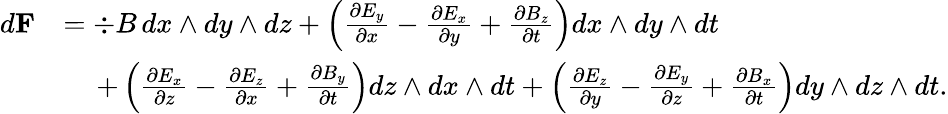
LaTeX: \begin{array}{rl}{d{\mathbf F}}&{=\div B\, dx\wedge dy\wedge dz+\left(\frac{\partial E_{y}}{\partial x}-\frac{\partial E_{x}}{\partial y}+\frac{\partial B_{z}}{\partial t}\right)dx\wedge dy\wedge dt}\\ &{\quad\, +\left(\frac{\partial E_{x}}{\partial z}-\frac{\partial E_{z}}{\partial x}+\frac{\partial B_{y}}{\partial t}\right)dz\wedge dx\wedge dt+\left(\frac{\partial E_{z}}{\partial y}-\frac{\partial E_{y}}{\partial z}+\frac{\partial B_{x}}{\partial t}\right)dy\wedge dz\wedge dt.}\end{array}